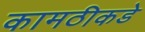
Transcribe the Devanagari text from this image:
कामठीकडे